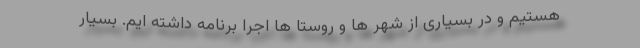
هستیم و در بسیاری از شهر ها و روستا ها اجرا برنامه داشته ایم. بسیار